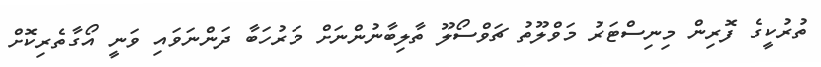
ތުރުކީގެ ފޮރިން މިނިސްޓަރު މަވްލޫތު ޗަވްސޯލޫ ތާލިބާނުންނަށް މަރުހަބާ ދަންނަވައި ވަނީ އޯގާތެރިކޮށް